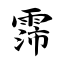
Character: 霈